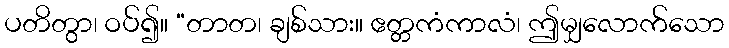
ပတိတွာ၊ ဝပ်၍။ “တာတ၊ ချစ်သား။ ဧတ္တကံကာလံ၊ ဤမျှလောက်သော